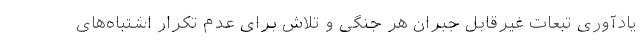
یادآوری تبعات غیرقابل جبران هر جنگی و تلاش برای عدم تکرار اشتباه‌های